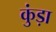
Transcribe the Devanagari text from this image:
कुंड़ा